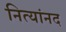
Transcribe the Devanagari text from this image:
नित्यांनद